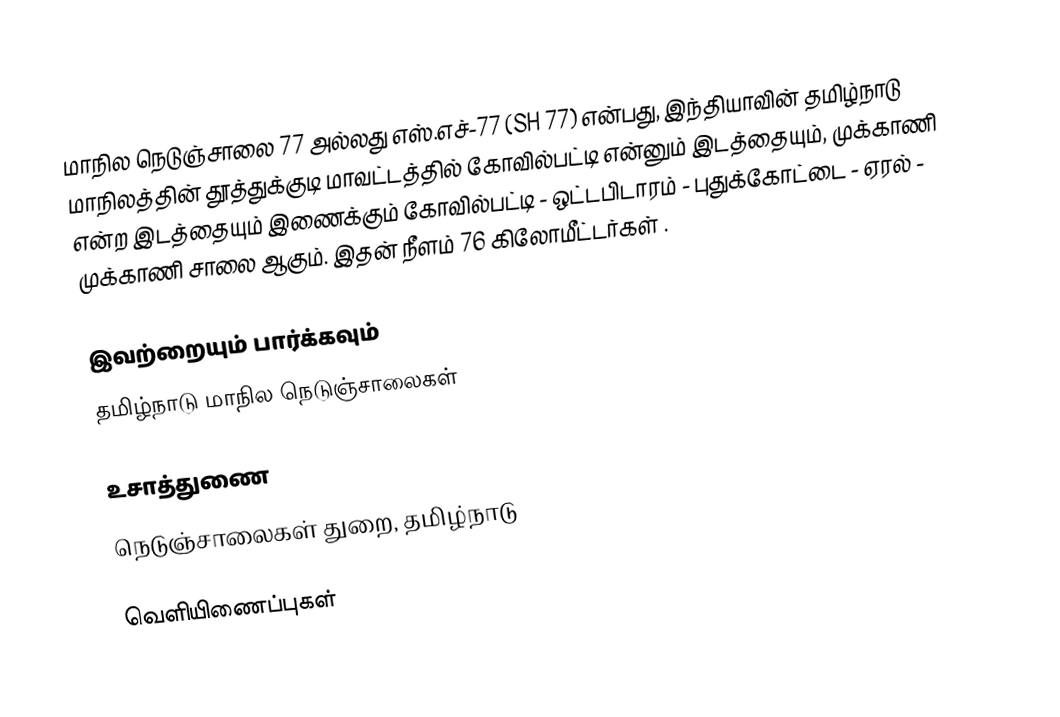
மாநில நெடுஞ்சாலை 77 அல்லது எஸ்.எச்-77 (SH 77) என்பது, இந்தியாவின் தமிழ்நாடு மாநிலத்தின் தூத்துக்குடி மாவட்டத்தில் கோவில்பட்டி என்னும் இடத்தையும், முக்காணி என்ற இடத்தையும் இணைக்கும் கோவில்பட்டி - ஒட்டபிடாரம் - புதுக்கோட்டை - ஏரல் - முக்காணி சாலை ஆகும். இதன் நீளம் 76  கிலோமீட்டர்கள் .

இவற்றையும் பார்க்கவும்
 தமிழ்நாடு மாநில நெடுஞ்சாலைகள்

உசாத்துணை
 நெடுஞ்சாலைகள் துறை, தமிழ்நாடு

வெளியிணைப்புகள்